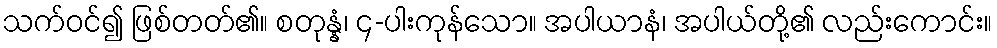
သက်ဝင်၍ ဖြစ်တတ်၏။ စတုန္နံ၊ ၄-ပါးကုန်သော။ အပါယာနံ၊ အပါယ်တို့၏ လည်းကောင်း။